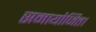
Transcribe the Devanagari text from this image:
समायोजित।